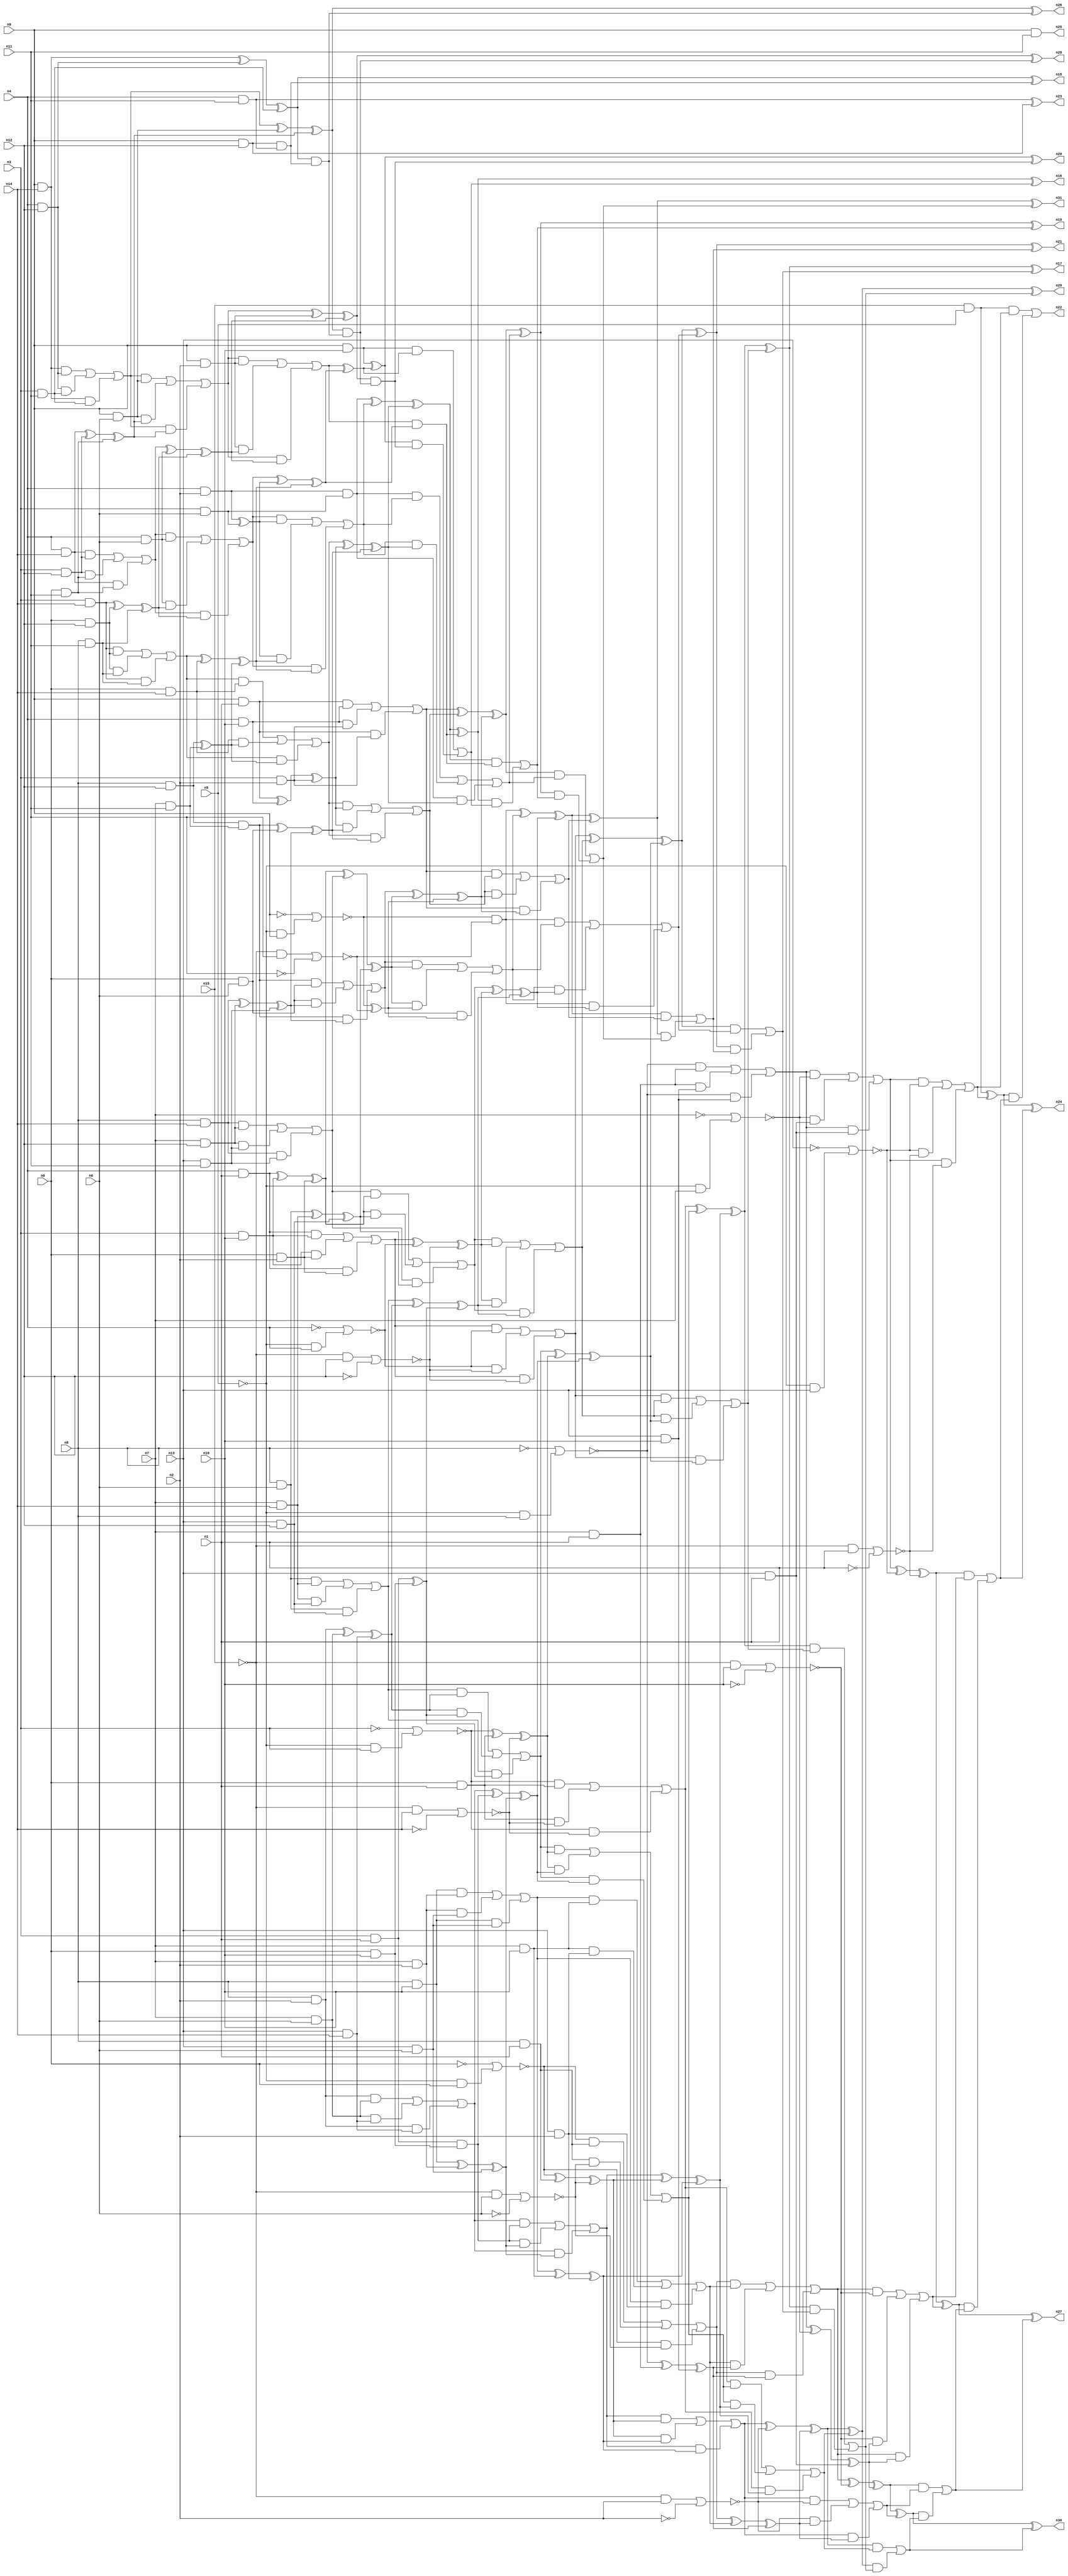
//
// Conformal-LEC Version 15.20-d227 ( 10-Mar-2016) ( 64 bit executable)
//
module top ( n0 , n1 , n2 , n3 , n4 , n5 , n6 , n7 , n8 , n9 , n10 , n11 , n12 , n13 , n14 , n15 , n16 , n17 , n18 , n19 , n20 , n21 , n22 , n23 , n24 , n25 , n26 , n27 , n28 , n29 , n30 , n31 );
input n0 , n1 , n2 , n3 , n4 , n5 , n6 , n7 , n8 , n9 , n10 , n11 , n12 , n13 , n14 , n15 ;
output n16 , n17 , n18 , n19 , n20 , n21 , n22 , n23 , n24 , n25 , n26 , n27 , n28 , n29 , n30 , n31 ;

wire n64 , n65 , n66 , n67 , n68 , n69 , n70 , n71 , n72 , 
     n73 , n74 , n75 , n76 , n77 , n78 , n79 , n80 , n81 , n82 , 
     n83 , n84 , n85 , n86 , n87 , n88 , n89 , n90 , n91 , n92 , 
     n93 , n94 , n95 , n96 , n97 , n98 , n99 , n100 , n101 , n102 , 
     n103 , n104 , n105 , n106 , n107 , n108 , n109 , n110 , n111 , n112 , 
     n113 , n114 , n115 , n116 , n117 , n118 , n119 , n120 , n121 , n122 , 
     n123 , n124 , n125 , n126 , n127 , n128 , n129 , n130 , n131 , n132 , 
     n133 , n134 , n135 , n136 , n137 , n138 , n139 , n140 , n141 , n142 , 
     n143 , n144 , n145 , n146 , n147 , n148 , n149 , n150 , n151 , n152 , 
     n153 , n154 , n155 , n156 , n157 , n158 , n159 , n160 , n161 , n162 , 
     n163 , n164 , n165 , n166 , n167 , n168 , n169 , n170 , n171 , n172 , 
     n173 , n174 , n175 , n176 , n177 , n178 , n179 , n180 , n181 , n182 , 
     n183 , n184 , n185 , n186 , n187 , n188 , n189 , n190 , n191 , n192 , 
     n193 , n194 , n195 , n196 , n197 , n198 , n199 , n200 , n201 , n202 , 
     n203 , n204 , n205 , n206 , n207 , n208 , n209 , n210 , n211 , n212 , 
     n213 , n214 , n215 , n216 , n217 , n218 , n219 , n220 , n221 , n222 , 
     n223 , n224 , n225 , n226 , n227 , n228 , n229 , n230 , n231 , n232 , 
     n233 , n234 , n235 , n236 , n237 , n238 , n239 , n240 , n241 , n242 , 
     n243 , n244 , n245 , n246 , n247 , n248 , n249 , n250 , n251 , n252 , 
     n253 , n254 , n255 , n256 , n257 , n258 , n259 , n260 , n261 , n262 , 
     n263 , n264 , n265 , n266 , n267 , n268 , n269 , n270 , n271 , n272 , 
     n273 , n274 , n275 , n276 , n277 , n278 , n279 , n280 , n281 , n282 , 
     n283 , n284 , n285 , n286 , n287 , n288 , n289 , n290 , n291 , n292 , 
     n293 , n294 , n295 , n296 , n297 , n298 , n299 , n300 , n301 , n302 , 
     n303 , n304 , n305 , n306 , n307 , n308 , n309 , n310 , n311 , n312 , 
     n313 , n314 , n315 , n316 , n317 , n318 , n319 , n320 , n321 , n322 , 
     n323 , n324 , n325 , n326 , n327 , n328 , n329 , n330 , n331 , n332 , 
     n333 , n334 , n335 , n336 , n337 , n338 , n339 , n340 , n341 , n342 , 
     n343 , n344 , n345 , n346 , n347 , n348 , n349 , n350 , n351 , n352 , 
     n353 , n354 , n355 , n356 , n357 , n358 , n359 , n360 , n361 , n362 , 
     n363 , n364 , n365 , n366 , n367 , n368 , n369 , n370 , n371 , n372 , 
     n373 , n374 , n375 , n376 , n377 , n378 , n379 , n380 , n381 , n382 , 
     n383 , n384 , n385 , n386 , n387 , n388 , n389 , n390 , n391 , n392 , 
     n393 , n394 , n395 , n396 , n397 , n398 , n399 , n400 , n401 , n402 , 
     n403 , n404 , n405 , n406 , n407 , n408 , n409 , n410 , n411 , n412 , 
     n413 , n414 , n415 , n416 , n417 , n418 , n419 , n420 , n421 , n422 , 
     n423 , n424 , n425 , n426 , n427 , n428 , n429 , n430 , n431 , n432 , 
     n433 , n434 , n435 , n436 , n437 , n438 , n439 , n440 , n441 , n442 , 
     n443 , n444 , n445 , n446 , n447 , n448 , n449 , n450 , n451 , n452 , 
     n453 , n454 , n455 , n456 , n457 , n458 , n459 , n460 , n461 , n462 , 
     n463 , n464 , n465 , n466 , n467 , n468 , n469 , n470 , n471 , n472 , 
     n473 , n474 , n475 , n476 , n477 , n478 , n479 , n480 , n481 , n482 , 
     n483 , n484 , n485 , n486 , n487 , n488 , n489 , n490 , n491 , n492 , 
     n493 , n494 , n495 , n496 , n497 , n498 , n499 , n500 , n501 , n502 , 
     n503 , n504 , n505 , n506 , n507 , n508 , n509 , n510 , n511 , n512 , 
     n513 , n514 , n515 , n516 , n517 , n518 , n519 ;
buf ( n22 , n474 );
buf ( n24 , n477 );
buf ( n27 , n480 );
buf ( n30 , n483 );
buf ( n29 , n486 );
buf ( n17 , n489 );
buf ( n21 , n492 );
buf ( n31 , n495 );
buf ( n19 , n498 );
buf ( n16 , n501 );
buf ( n20 , n504 );
buf ( n28 , n507 );
buf ( n26 , n510 );
buf ( n18 , n513 );
buf ( n23 , n516 );
buf ( n25 , n519 );
buf ( n66 , n15 );
buf ( n67 , n13 );
buf ( n68 , n7 );
buf ( n69 , n8 );
buf ( n70 , n0 );
buf ( n71 , n3 );
buf ( n72 , n4 );
buf ( n73 , n9 );
buf ( n74 , n5 );
buf ( n75 , n1 );
buf ( n76 , n10 );
buf ( n77 , n2 );
buf ( n78 , n6 );
buf ( n79 , n14 );
buf ( n80 , n12 );
buf ( n81 , n11 );
buf ( n82 , n66 );
buf ( n83 , n74 );
and ( n84 , n82 , n83 );
buf ( n85 , n69 );
not ( n86 , n85 );
not ( n87 , n83 );
and ( n88 , n87 , n85 );
nor ( n89 , n86 , n88 );
buf ( n90 , n68 );
buf ( n91 , n75 );
and ( n92 , n90 , n91 );
and ( n93 , n89 , n92 );
buf ( n94 , n67 );
buf ( n95 , n76 );
and ( n96 , n94 , n95 );
and ( n97 , n92 , n96 );
and ( n98 , n89 , n96 );
or ( n99 , n93 , n97 , n98 );
not ( n100 , n90 );
and ( n101 , n87 , n90 );
nor ( n102 , n100 , n101 );
and ( n103 , n99 , n102 );
and ( n104 , n94 , n91 );
and ( n105 , n102 , n104 );
and ( n106 , n99 , n104 );
or ( n107 , n103 , n105 , n106 );
not ( n108 , n94 );
and ( n109 , n87 , n94 );
nor ( n110 , n108 , n109 );
and ( n111 , n107 , n110 );
not ( n112 , n82 );
and ( n113 , n112 , n91 );
not ( n114 , n91 );
nor ( n115 , n113 , n114 );
and ( n116 , n110 , n115 );
and ( n117 , n107 , n115 );
or ( n118 , n111 , n116 , n117 );
and ( n119 , n84 , n118 );
xor ( n120 , n84 , n118 );
xor ( n121 , n107 , n110 );
xor ( n122 , n121 , n115 );
buf ( n123 , n70 );
not ( n124 , n123 );
and ( n125 , n87 , n123 );
nor ( n126 , n124 , n125 );
and ( n127 , n85 , n91 );
and ( n128 , n126 , n127 );
buf ( n129 , n78 );
and ( n130 , n112 , n129 );
not ( n131 , n129 );
nor ( n132 , n130 , n131 );
and ( n133 , n127 , n132 );
and ( n134 , n126 , n132 );
or ( n135 , n128 , n133 , n134 );
and ( n136 , n85 , n95 );
buf ( n137 , n77 );
and ( n138 , n90 , n137 );
and ( n139 , n136 , n138 );
and ( n140 , n94 , n129 );
and ( n141 , n138 , n140 );
and ( n142 , n136 , n140 );
or ( n143 , n139 , n141 , n142 );
and ( n144 , n90 , n95 );
and ( n145 , n143 , n144 );
and ( n146 , n94 , n137 );
and ( n147 , n144 , n146 );
and ( n148 , n143 , n146 );
or ( n149 , n145 , n147 , n148 );
and ( n150 , n135 , n149 );
xor ( n151 , n89 , n92 );
xor ( n152 , n151 , n96 );
and ( n153 , n149 , n152 );
and ( n154 , n135 , n152 );
or ( n155 , n150 , n153 , n154 );
and ( n156 , n112 , n95 );
not ( n157 , n95 );
nor ( n158 , n156 , n157 );
and ( n159 , n155 , n158 );
xor ( n160 , n99 , n102 );
xor ( n161 , n160 , n104 );
and ( n162 , n158 , n161 );
and ( n163 , n155 , n161 );
or ( n164 , n159 , n162 , n163 );
and ( n165 , n122 , n164 );
xor ( n166 , n122 , n164 );
xor ( n167 , n155 , n158 );
xor ( n168 , n167 , n161 );
and ( n169 , n85 , n137 );
and ( n170 , n90 , n129 );
and ( n171 , n169 , n170 );
buf ( n172 , n79 );
and ( n173 , n94 , n172 );
and ( n174 , n170 , n173 );
and ( n175 , n169 , n173 );
or ( n176 , n171 , n174 , n175 );
buf ( n177 , n71 );
and ( n178 , n177 , n91 );
and ( n179 , n123 , n95 );
and ( n180 , n178 , n179 );
and ( n181 , n176 , n180 );
xor ( n182 , n136 , n138 );
xor ( n183 , n182 , n140 );
and ( n184 , n180 , n183 );
and ( n185 , n176 , n183 );
or ( n186 , n181 , n184 , n185 );
xor ( n187 , n126 , n127 );
xor ( n188 , n187 , n132 );
and ( n189 , n186 , n188 );
xor ( n190 , n143 , n144 );
xor ( n191 , n190 , n146 );
and ( n192 , n188 , n191 );
and ( n193 , n186 , n191 );
or ( n194 , n189 , n192 , n193 );
and ( n195 , n112 , n137 );
not ( n196 , n137 );
nor ( n197 , n195 , n196 );
and ( n198 , n194 , n197 );
xor ( n199 , n135 , n149 );
xor ( n200 , n199 , n152 );
and ( n201 , n197 , n200 );
and ( n202 , n194 , n200 );
or ( n203 , n198 , n201 , n202 );
and ( n204 , n168 , n203 );
xor ( n205 , n168 , n203 );
xor ( n206 , n194 , n197 );
xor ( n207 , n206 , n200 );
not ( n208 , n177 );
and ( n209 , n87 , n177 );
nor ( n210 , n208 , n209 );
and ( n211 , n123 , n91 );
and ( n212 , n210 , n211 );
and ( n213 , n112 , n172 );
not ( n214 , n172 );
nor ( n215 , n213 , n214 );
and ( n216 , n211 , n215 );
and ( n217 , n210 , n215 );
or ( n218 , n212 , n216 , n217 );
and ( n219 , n85 , n129 );
and ( n220 , n90 , n172 );
and ( n221 , n219 , n220 );
buf ( n222 , n80 );
and ( n223 , n94 , n222 );
and ( n224 , n220 , n223 );
and ( n225 , n219 , n223 );
or ( n226 , n221 , n224 , n225 );
xor ( n227 , n169 , n170 );
xor ( n228 , n227 , n173 );
and ( n229 , n226 , n228 );
xor ( n230 , n178 , n179 );
and ( n231 , n228 , n230 );
and ( n232 , n226 , n230 );
or ( n233 , n229 , n231 , n232 );
xor ( n234 , n210 , n211 );
xor ( n235 , n234 , n215 );
and ( n236 , n233 , n235 );
xor ( n237 , n176 , n180 );
xor ( n238 , n237 , n183 );
and ( n239 , n235 , n238 );
and ( n240 , n233 , n238 );
or ( n241 , n236 , n239 , n240 );
and ( n242 , n218 , n241 );
xor ( n243 , n186 , n188 );
xor ( n244 , n243 , n191 );
and ( n245 , n241 , n244 );
and ( n246 , n218 , n244 );
or ( n247 , n242 , n245 , n246 );
and ( n248 , n207 , n247 );
xor ( n249 , n207 , n247 );
xor ( n250 , n218 , n241 );
xor ( n251 , n250 , n244 );
buf ( n252 , n72 );
and ( n253 , n252 , n91 );
and ( n254 , n177 , n95 );
and ( n255 , n253 , n254 );
and ( n256 , n123 , n137 );
and ( n257 , n254 , n256 );
and ( n258 , n253 , n256 );
or ( n259 , n255 , n257 , n258 );
not ( n260 , n252 );
and ( n261 , n87 , n252 );
nor ( n262 , n260 , n261 );
and ( n263 , n259 , n262 );
and ( n264 , n112 , n222 );
not ( n265 , n222 );
nor ( n266 , n264 , n265 );
and ( n267 , n262 , n266 );
and ( n268 , n259 , n266 );
or ( n269 , n263 , n267 , n268 );
and ( n270 , n85 , n172 );
and ( n271 , n90 , n222 );
and ( n272 , n270 , n271 );
buf ( n273 , n81 );
and ( n274 , n94 , n273 );
and ( n275 , n271 , n274 );
and ( n276 , n270 , n274 );
or ( n277 , n272 , n275 , n276 );
xor ( n278 , n253 , n254 );
xor ( n279 , n278 , n256 );
and ( n280 , n277 , n279 );
xor ( n281 , n219 , n220 );
xor ( n282 , n281 , n223 );
and ( n283 , n279 , n282 );
and ( n284 , n277 , n282 );
or ( n285 , n280 , n283 , n284 );
xor ( n286 , n259 , n262 );
xor ( n287 , n286 , n266 );
and ( n288 , n285 , n287 );
xor ( n289 , n226 , n228 );
xor ( n290 , n289 , n230 );
and ( n291 , n287 , n290 );
and ( n292 , n285 , n290 );
or ( n293 , n288 , n291 , n292 );
and ( n294 , n269 , n293 );
xor ( n295 , n233 , n235 );
xor ( n296 , n295 , n238 );
and ( n297 , n293 , n296 );
and ( n298 , n269 , n296 );
or ( n299 , n294 , n297 , n298 );
and ( n300 , n251 , n299 );
xor ( n301 , n251 , n299 );
xor ( n302 , n269 , n293 );
xor ( n303 , n302 , n296 );
buf ( n304 , n73 );
not ( n305 , n304 );
and ( n306 , n87 , n304 );
nor ( n307 , n305 , n306 );
and ( n308 , n112 , n273 );
not ( n309 , n273 );
nor ( n310 , n308 , n309 );
and ( n311 , n307 , n310 );
and ( n312 , n85 , n222 );
and ( n313 , n90 , n273 );
and ( n314 , n312 , n313 );
and ( n315 , n123 , n129 );
and ( n316 , n314 , n315 );
xor ( n317 , n270 , n271 );
xor ( n318 , n317 , n274 );
and ( n319 , n315 , n318 );
and ( n320 , n314 , n318 );
or ( n321 , n316 , n319 , n320 );
xor ( n322 , n279 , n277 );
xor ( n323 , n322 , n282 );
and ( n324 , n321 , n323 );
xor ( n325 , n307 , n310 );
and ( n326 , n323 , n325 );
and ( n327 , n321 , n325 );
or ( n328 , n324 , n326 , n327 );
and ( n329 , n311 , n328 );
xor ( n330 , n285 , n287 );
xor ( n331 , n330 , n290 );
and ( n332 , n328 , n331 );
and ( n333 , n311 , n331 );
or ( n334 , n329 , n332 , n333 );
and ( n335 , n303 , n334 );
xor ( n336 , n303 , n334 );
xor ( n337 , n311 , n328 );
xor ( n338 , n337 , n331 );
and ( n339 , n304 , n91 );
and ( n340 , n252 , n95 );
and ( n341 , n339 , n340 );
and ( n342 , n177 , n137 );
and ( n343 , n340 , n342 );
and ( n344 , n339 , n342 );
or ( n345 , n341 , n343 , n344 );
and ( n346 , n177 , n172 );
and ( n347 , n123 , n222 );
and ( n348 , n346 , n347 );
and ( n349 , n85 , n273 );
and ( n350 , n347 , n349 );
and ( n351 , n346 , n349 );
or ( n352 , n348 , n350 , n351 );
and ( n353 , n123 , n172 );
and ( n354 , n352 , n353 );
xor ( n355 , n312 , n313 );
and ( n356 , n353 , n355 );
and ( n357 , n352 , n355 );
or ( n358 , n354 , n356 , n357 );
xor ( n359 , n339 , n340 );
xor ( n360 , n359 , n342 );
and ( n361 , n358 , n360 );
xor ( n362 , n314 , n315 );
xor ( n363 , n362 , n318 );
and ( n364 , n360 , n363 );
and ( n365 , n358 , n363 );
or ( n366 , n361 , n364 , n365 );
and ( n367 , n345 , n366 );
xor ( n368 , n321 , n323 );
xor ( n369 , n368 , n325 );
and ( n370 , n366 , n369 );
and ( n371 , n345 , n369 );
or ( n372 , n367 , n370 , n371 );
and ( n373 , n338 , n372 );
xor ( n374 , n338 , n372 );
xor ( n375 , n345 , n366 );
xor ( n376 , n375 , n369 );
and ( n377 , n252 , n137 );
and ( n378 , n177 , n129 );
and ( n379 , n377 , n378 );
and ( n380 , n252 , n172 );
and ( n381 , n177 , n222 );
and ( n382 , n380 , n381 );
and ( n383 , n123 , n273 );
and ( n384 , n381 , n383 );
and ( n385 , n380 , n383 );
or ( n386 , n382 , n384 , n385 );
and ( n387 , n252 , n129 );
and ( n388 , n386 , n387 );
xor ( n389 , n346 , n347 );
xor ( n390 , n389 , n349 );
and ( n391 , n387 , n390 );
and ( n392 , n386 , n390 );
or ( n393 , n388 , n391 , n392 );
xor ( n394 , n377 , n378 );
and ( n395 , n393 , n394 );
xor ( n396 , n352 , n353 );
xor ( n397 , n396 , n355 );
and ( n398 , n394 , n397 );
and ( n399 , n393 , n397 );
or ( n400 , n395 , n398 , n399 );
and ( n401 , n379 , n400 );
xor ( n402 , n358 , n360 );
xor ( n403 , n402 , n363 );
and ( n404 , n400 , n403 );
and ( n405 , n379 , n403 );
or ( n406 , n401 , n404 , n405 );
and ( n407 , n376 , n406 );
xor ( n408 , n376 , n406 );
xor ( n409 , n379 , n400 );
xor ( n410 , n409 , n403 );
and ( n411 , n304 , n172 );
and ( n412 , n252 , n222 );
and ( n413 , n411 , n412 );
and ( n414 , n177 , n273 );
and ( n415 , n412 , n414 );
and ( n416 , n411 , n414 );
or ( n417 , n413 , n415 , n416 );
and ( n418 , n304 , n129 );
and ( n419 , n417 , n418 );
xor ( n420 , n380 , n381 );
xor ( n421 , n420 , n383 );
and ( n422 , n418 , n421 );
and ( n423 , n417 , n421 );
or ( n424 , n419 , n422 , n423 );
and ( n425 , n304 , n137 );
and ( n426 , n424 , n425 );
xor ( n427 , n386 , n387 );
xor ( n428 , n427 , n390 );
and ( n429 , n425 , n428 );
and ( n430 , n424 , n428 );
or ( n431 , n426 , n429 , n430 );
xor ( n432 , n393 , n394 );
xor ( n433 , n432 , n397 );
and ( n434 , n431 , n433 );
and ( n435 , n410 , n434 );
xor ( n436 , n410 , n434 );
and ( n437 , n304 , n95 );
xor ( n438 , n431 , n433 );
and ( n439 , n437 , n438 );
xor ( n440 , n437 , n438 );
xor ( n441 , n424 , n425 );
xor ( n442 , n441 , n428 );
xor ( n443 , n417 , n418 );
xor ( n444 , n443 , n421 );
xor ( n445 , n411 , n412 );
xor ( n446 , n445 , n414 );
and ( n447 , n304 , n222 );
and ( n448 , n252 , n273 );
and ( n449 , n447 , n448 );
and ( n450 , n446 , n449 );
and ( n451 , n444 , n450 );
and ( n452 , n442 , n451 );
and ( n453 , n440 , n452 );
or ( n454 , n439 , n453 );
and ( n455 , n436 , n454 );
or ( n456 , n435 , n455 );
and ( n457 , n408 , n456 );
or ( n458 , n407 , n457 );
and ( n459 , n374 , n458 );
or ( n460 , n373 , n459 );
and ( n461 , n336 , n460 );
or ( n462 , n335 , n461 );
and ( n463 , n301 , n462 );
or ( n464 , n300 , n463 );
and ( n465 , n249 , n464 );
or ( n466 , n248 , n465 );
and ( n467 , n205 , n466 );
or ( n468 , n204 , n467 );
and ( n469 , n166 , n468 );
or ( n470 , n165 , n469 );
and ( n471 , n120 , n470 );
or ( n472 , n119 , n471 );
buf ( n473 , n472 );
buf ( n474 , n473 );
xor ( n475 , n120 , n470 );
buf ( n476 , n475 );
buf ( n477 , n476 );
xor ( n478 , n166 , n468 );
buf ( n479 , n478 );
buf ( n480 , n479 );
xor ( n481 , n205 , n466 );
buf ( n482 , n481 );
buf ( n483 , n482 );
xor ( n484 , n249 , n464 );
buf ( n485 , n484 );
buf ( n486 , n485 );
xor ( n487 , n301 , n462 );
buf ( n488 , n487 );
buf ( n489 , n488 );
xor ( n490 , n336 , n460 );
buf ( n491 , n490 );
buf ( n492 , n491 );
xor ( n493 , n374 , n458 );
buf ( n494 , n493 );
buf ( n495 , n494 );
xor ( n496 , n408 , n456 );
buf ( n497 , n496 );
buf ( n498 , n497 );
xor ( n499 , n436 , n454 );
buf ( n500 , n499 );
buf ( n501 , n500 );
xor ( n502 , n440 , n452 );
buf ( n503 , n502 );
buf ( n504 , n503 );
xor ( n505 , n442 , n451 );
buf ( n506 , n505 );
buf ( n507 , n506 );
xor ( n508 , n444 , n450 );
buf ( n509 , n508 );
buf ( n510 , n509 );
xor ( n511 , n446 , n449 );
buf ( n512 , n511 );
buf ( n513 , n512 );
xor ( n514 , n448 , n447 );
buf ( n515 , n514 );
buf ( n516 , n515 );
and ( n517 , n304 , n273 );
buf ( n518 , n517 );
buf ( n519 , n518 );
endmodule